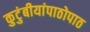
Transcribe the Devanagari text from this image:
कुटुंबीयांपाठोपाठ